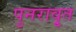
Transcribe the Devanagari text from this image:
पुनरावृ्त